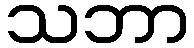
သဘာ